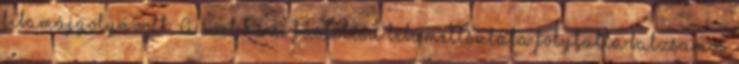
libamájgolyó volt. A sort házi füstölésű libamellsaláta folytatta balzsamos